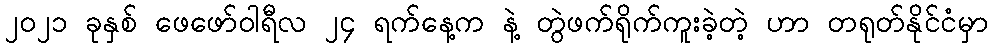
၂၀၂၁ ခုနှစ် ဖေဖော်ဝါရီလ ၂၄ ရက်နေ့က နဲ့ တွဲဖက်ရိုက်ကူးခဲ့တဲ့ ဟာ တရုတ်နိုင်ငံမှာ